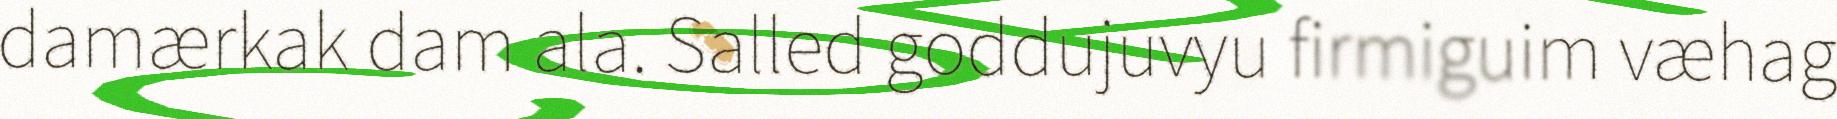
damærkak dam ala. Salled goddujuvyu firmiguim væhag